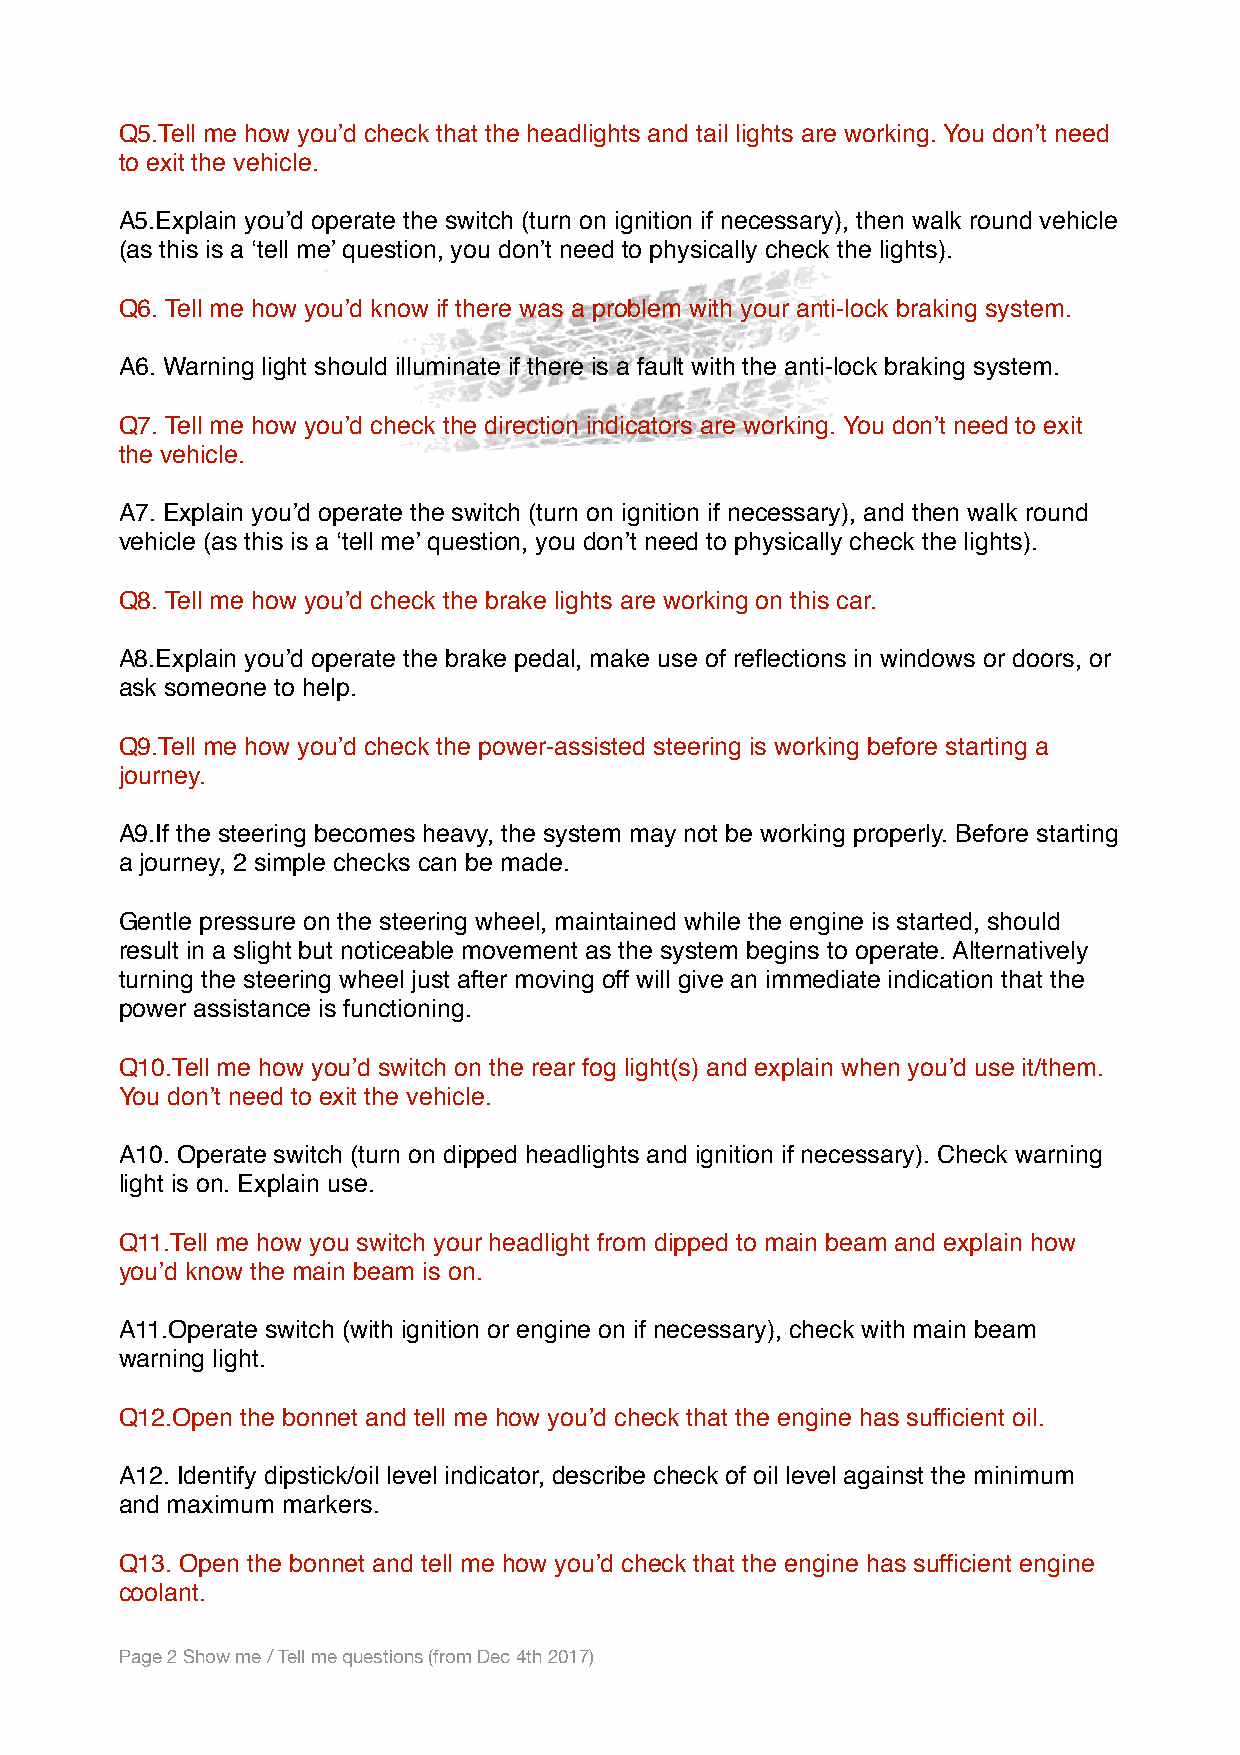
Q5.Tell me how you’d check that the headlights and tail lights are working. You don’t need
 to exit the vehicle.
 A5.Explain you’d operate the switch (turn on ignition if necessary), then walk round vehicle
 (as this is a ‘tell me’ question, you don’t need to physically check the lights).
 Q6. Tell me how you’d know if there was a problem with your anti-lock braking system.
 A6. Warning light should illuminate if there is a fault with the anti-lock braking system.
 Q7. Tell me how you’d check the direction indicators are working. You don’t need to exit
 the vehicle.
 A7. Explain you’d operate the switch (turn on ignition if necessary), and then walk round
 vehicle (as this is a ‘tell me’ question, you don’t need to physically check the lights).
 Q8. Tell me how you’d check the brake lights are working on this car.
 A8.Explain you’d operate the brake pedal, make use of reflections in windows or doors, or
 ask someone to help.
 Q9.Tell me how you’d check the power-assisted steering is working before starting a
 journey.
 A9.If the steering becomes heavy, the system may not be working properly. Before starting
 a journey, 2 simple checks can be made.
 Gentle pressure on the steering wheel, maintained while the engine is started, should
 result in a slight but noticeable movement as the system begins to operate. Alternatively
 turning the steering wheel just after moving off will give an immediate indication that the
 power assistance is functioning.
 Q10.Tell me how you’d switch on the rear fog light(s) and explain when you’d use it/them.
 You don’t need to exit the vehicle.
 A10. Operate switch (turn on dipped headlights and ignition if necessary). Check warning
 light is on. Explain use.
 Q11.Tell me how you switch your headlight from dipped to main beam and explain how
 you’d know the main beam is on.
 A11.Operate switch (with ignition or engine on if necessary), check with main beam
 warning light.
 Q12.Open the bonnet and tell me how you’d check that the engine has sufficient oil.
 A12. Identify dipstick/oil level indicator, describe check of oil level against the minimum
 and maximum markers.
 Q13. Open the bonnet and tell me how you’d check that the engine has sufficient engine
 coolant.
 Page 2 Show me / Tell me questions (from Dec 4th 2017)